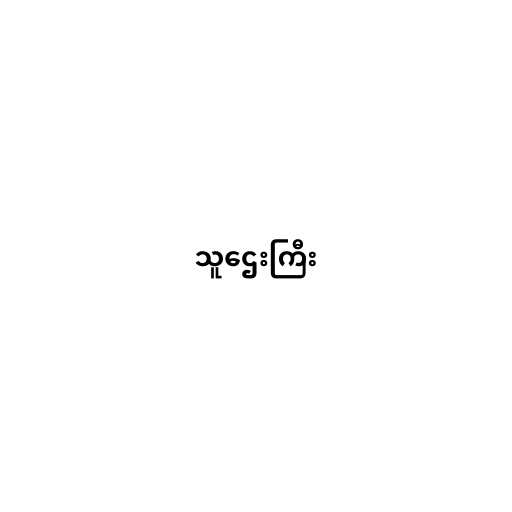
သူဌေးကြီး